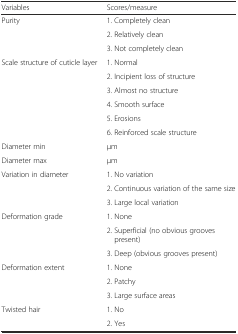
| Variables | Scores/measure |
 | --- | --- |
 | Purity | 1. Completely clean |
 |  | 2. Relatively clean |
 |  | 3. Not completely clean |
 | Scale structure of cuticle layer | 1. Normal |
 |  | 2. Incipient loss of structure |
 |  | 3. Almost no structure |
 |  | 4. Smooth surface |
 |  | 5. Erosions |
 |  | 6. Reinforced scale structure |
 | Diameter min | μm |
 | Diameter max | μm |
 | <ROWSPAN=3> Variation in diameter | 1. No variation |
 | 2. Continuous variation of the same size |
 | 3. Large local variation |
 | Deformation grade | 1. None |
 |  | 2. Superficial (no obvious grooves present) |
 |  | 3. Deep (obvious grooves present) |
 | <ROWSPAN=3> Deformation extent | 1. None |
 | 2. Patchy |
 | 3. Large surface areas |
 | Twisted hair | 1. No |
 |  | 2. Yes |